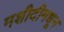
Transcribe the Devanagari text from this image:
मशीदीमधून